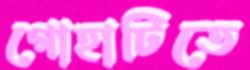
গোহাটিতে